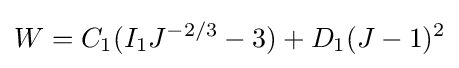
W=C_{1}(I_{1}J^{-2/3}-3)+D_{1}(J-1)^{2}